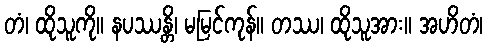
တံ၊ ထိုသူကို။ နပဿန္တိ၊ မမြင်ကုန်။ တဿ၊ ထိုသူအား။ အဟိတံ၊